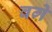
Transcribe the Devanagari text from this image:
वगे